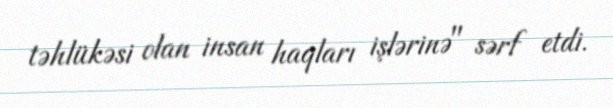
təhlükəsi olan insan haqları işlərinə" sərf etdi.